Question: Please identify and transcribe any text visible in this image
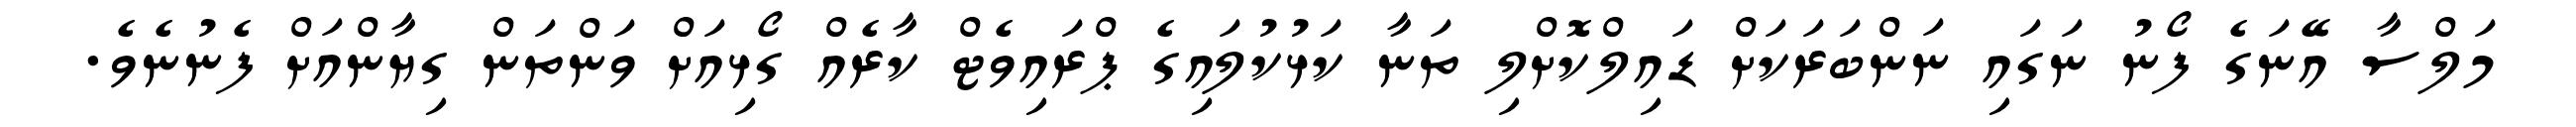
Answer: މަލްސާ އޭނަގެ ފޯނު ނަގައި ނަންބަރަކަށް ޑައިލްކޮށްލި ތަނާ ކަޅުކުލައިގެ ޕްރައިވެޓް ކާރެއް ގޯޅިއަށް ވަންތަން ގިޔާންއަށް ފެނުނެވެ.